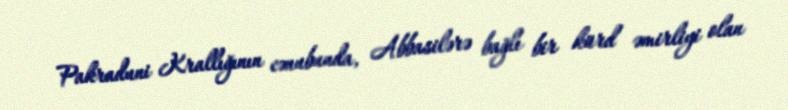
Pakraduni Krallığının cənubunda, Abbasilərə bağlı bir kürd əmirliyi olan